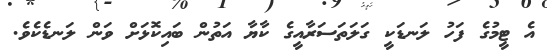
އެ ޓީމުގެ ފަހު ލަނޑަކީ ގަލަތަސަރާއީގެ ކާޔާ އަތުން ބައިކޮޅަށް ވަން ލަނޑެކެވެ.